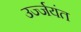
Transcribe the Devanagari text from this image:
उर्ज्जयंत